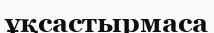
ұқсастырмаса